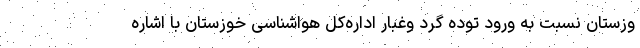
وزستان نسبت به ورود توده گرد وغبار اداره‌کل هواشناسی خوزستان با اشاره